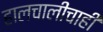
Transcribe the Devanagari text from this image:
हालचालींचाही